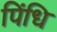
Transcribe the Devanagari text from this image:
पिंधि